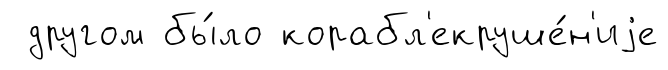
другом бы́ло корабл'екруше́н'иjе